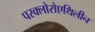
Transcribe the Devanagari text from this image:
परक्लोरोएथिलीन